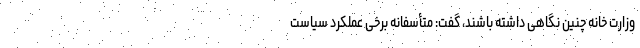
وزارت خانه چنین نگاهی داشته باشند، گفت: متأسفانه برخی عملکرد سیاست